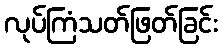
လုပ်ကြံသတ်ဖြတ်ခြင်း